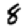
Digit: 8